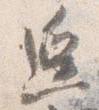
迫